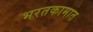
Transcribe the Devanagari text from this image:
भरतकामात